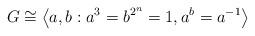
LaTeX: \begin{align*}G \cong \left\langle a, b : a^3 = b^{2^n} = 1, a^b = a^{-1} \right\rangle\end{align*}